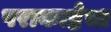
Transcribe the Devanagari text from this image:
पराकाष्ठेचा